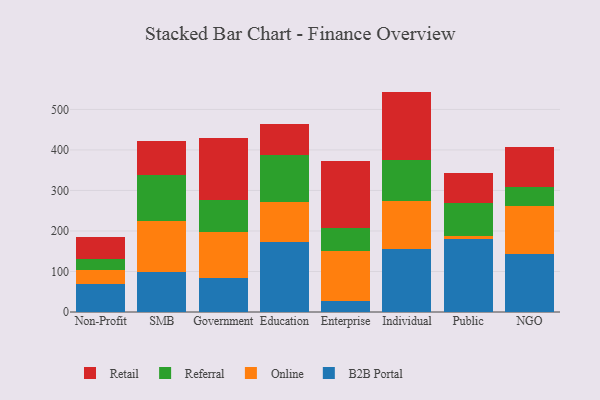
{"axis": {"x": "Segment", "y": "Satisfaction Score"}, "legend": ["B2B Portal", "Online", "Referral", "Retail"], "data": [{"x": "Non-Profit", "y": 68.1, "type": "B2B Portal"}, {"x": "Non-Profit", "y": 36.1, "type": "Online"}, {"x": "Non-Profit", "y": 27.7, "type": "Referral"}, {"x": "Non-Profit", "y": 54.4, "type": "Retail"}, {"x": "SMB", "y": 98.7, "type": "B2B Portal"}, {"x": "SMB", "y": 125.5, "type": "Online"}, {"x": "SMB", "y": 114.9, "type": "Referral"}, {"x": "SMB", "y": 82.4, "type": "Retail"}, {"x": "Government", "y": 83.3, "type": "B2B Portal"}, {"x": "Government", "y": 114.4, "type": "Online"}, {"x": "Government", "y": 79.1, "type": "Referral"}, {"x": "Government", "y": 153.7, "type": "Retail"}, {"x": "Education", "y": 172.2, "type": "B2B Portal"}, {"x": "Education", "y": 99.6, "type": "Online"}, {"x": "Education", "y": 114.6, "type": "Referral"}, {"x": "Education", "y": 76.8, "type": "Retail"}, {"x": "Enterprise", "y": 26.0, "type": "B2B Portal"}, {"x": "Enterprise", "y": 125.3, "type": "Online"}, {"x": "Enterprise", "y": 56.4, "type": "Referral"}, {"x": "Enterprise", "y": 164.0, "type": "Retail"}, {"x": "Individual", "y": 155.5, "type": "B2B Portal"}, {"x": "Individual", "y": 117.5, "type": "Online"}, {"x": "Individual", "y": 102.6, "type": "Referral"}, {"x": "Individual", "y": 168.4, "type": "Retail"}, {"x": "Public", "y": 179.8, "type": "B2B Portal"}, {"x": "Public", "y": 8.2, "type": "Online"}, {"x": "Public", "y": 82.2, "type": "Referral"}, {"x": "Public", "y": 73.5, "type": "Retail"}, {"x": "NGO", "y": 143.8, "type": "B2B Portal"}, {"x": "NGO", "y": 118.2, "type": "Online"}, {"x": "NGO", "y": 46.4, "type": "Referral"}, {"x": "NGO", "y": 100.0, "type": "Retail"}]}